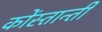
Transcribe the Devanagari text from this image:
कोंस्तान्ती